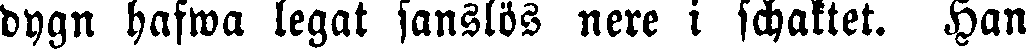
dygn hafwa legat sanslös nere i schaktet. Han